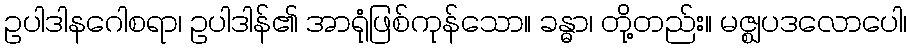
ဥပါဒါနဂေါစရာ၊ ဥပါဒါန်၏ အာရုံဖြစ်ကုန်သော။ ခန္ဓာ၊ တို့တည်း။ မဇ္ဈပဒလောပေါ၊